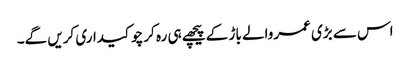
اس سے بڑی عمروالے باڑ کے پیچھے ہی رہ کر چوکیداری کریں گے۔